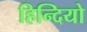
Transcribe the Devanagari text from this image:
हिन्दियो